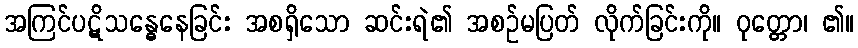
အကြင်ပဋိသန္ဓေနေခြင်း အစရှိသော ဆင်းရဲ၏ အစဉ်မပြတ် လိုက်ခြင်းကို။ ဝုတ္တော၊ ၏။